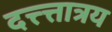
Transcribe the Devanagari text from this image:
दत्त्त्तात्रय